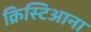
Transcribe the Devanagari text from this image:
क्रिस्टिआना